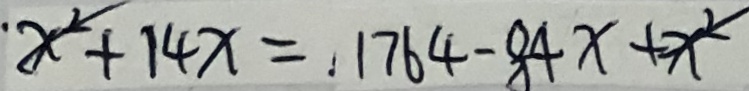
x ^ { 2 } + 1 4 x = 1 7 6 4 - 8 4 x + x ^ { 2 }